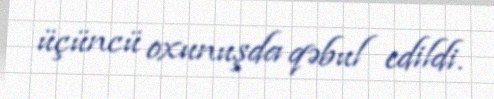
üçüncü oxunuşda qəbul edildi.